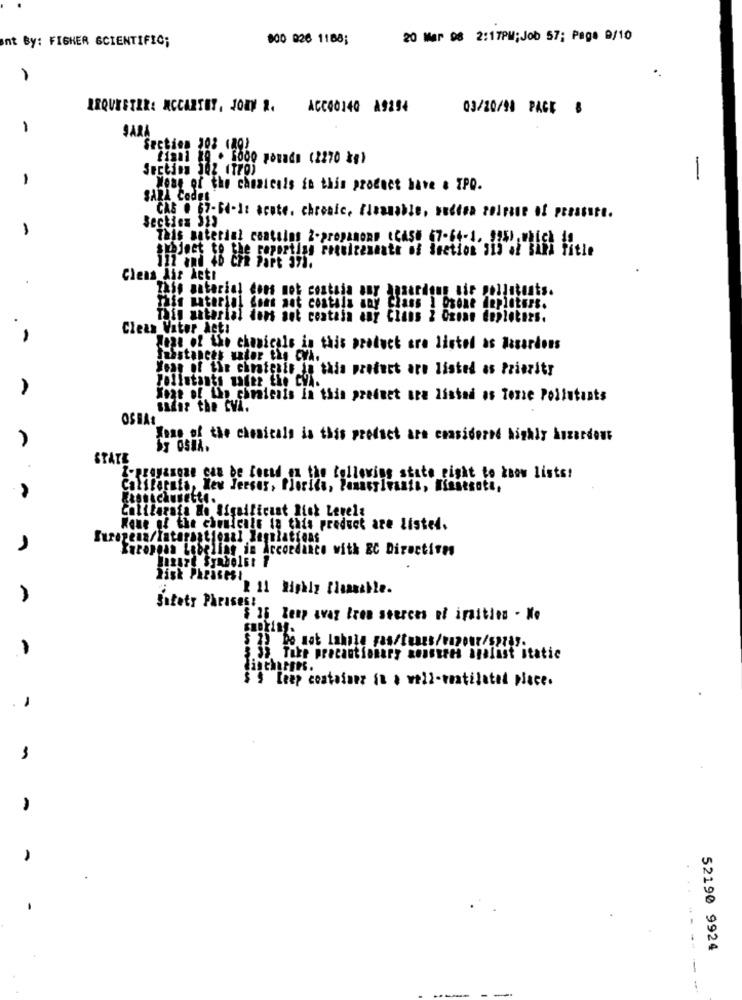
nt By: FISHER SCIENTIFIC;
800 826 1168;
20 Mar 08 2:17PM; Job 57; Page 9/10
1
IRQUESTER: MCCARTHY, JORY 2. ACC00140 A9254
03/20/10 PACE B
1
SARA
Section 103 (20)
fisal 19 . 5000 posada (2270 kg)
Secting 102 (770)
1
-
Wone of the chnatenis in this product have & IPQ.
SARA Codes
Section 31)
CAS . 67-Fd-It acute, chronic, Flammable, budena zolrise of peessite.
This material contains 2-propanone CCAse (7-64-1, 925),whi
e reporting roquizexante of Section 3is af sill Fitle
Clens Air Acti
This material does not contain any anaardoun air pollutants.
This material dons ant costila any Class I Drone deploters.
Thin aaterial dons set contain any Clans 2 Oxine deploters.
Clean Viter Act:
Jane of the chanicals in this product are listed as Hasardons
fusstances under the cyA.
Year of the chmichin in this product are listed as Priority
Pollutants vader the CVi.
Wont of the chmaiesis in this product ora listed as Tore Pollutants
salir the CVA.
OSBA:
Jone of the chemicals is this product are considered highly Anzardont
STATE
I-pragasone can be lecad on the following state_eight to know lists!
California, New Jersey, Florida, Panasylvania, Wiasesati,
Eastcausette.
California No Significant Biok Levels
Home of the chemicals ia this product are listed.
European Labeling in Accordance with EC Directives
Zisk Phrases!
A
Safety Phrases!
$ 35 Zeep way Iree sterces at ignition - No
cooking.
3.35. Take precautionary monstres spalast itatie
discharges.
$ $ Leep container in a well-ventilated place.
52190 9924
-----